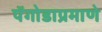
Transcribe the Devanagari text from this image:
पॅगोडाप्रमाणे